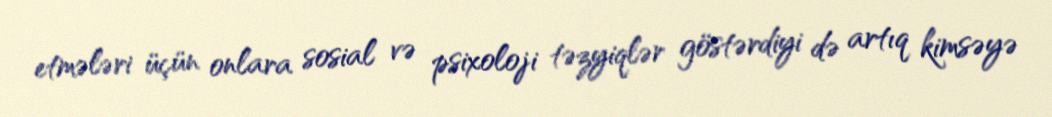
etmələri üçün onlara sosial və psixoloji təzyiqlər göstərdiyi də artıq kimsəyə